Leaving Certificate Examination (including Day School Certificate (Higher) General paper), 1933
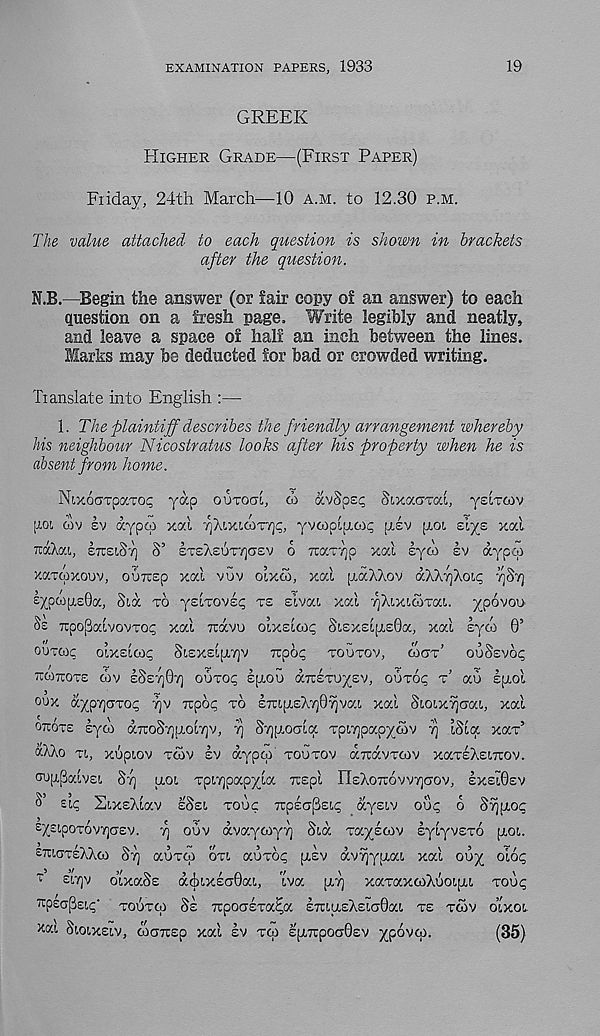
EXAMINATION PAPERS, 1933
19
GREEK
HIGHER GRADE—(FIRST PAPER)
Fiiday, 24th March—10 A.M. to 12.30 P.M.
The value attached to each question is shown in brackets
after the question.
N.B.—Begin the answer (or fair copy of an answer) to each
question on a fresh page. Write legibly and neatly,
and leave a space of half an inch between the lines.
Marks may be deducted for bad or crowded writing.
Translate into English :—
1. The plaintiff describes the friendly arrangement whereby
his neighbour Nicostratus looks after his property when he is
absent from home.
NtxoGTpaTO^ yap OUTOCTI, O) avSpe<; Sixacnxa, ysiTtov
[ 10!, <v>v sv dypcp xal ■r\hiyjff'zriq, yvcopipicd^ asv [AOL z\yz xal
TtaXai, ETCSIS'/] S’ eTSA£UTy)a£v 6 Tcar/jp xai lyco Iv dypco
XKTOJXOUV, ou7t£p xal vuv oixoo, xal frdAAov o'TX'ffoiq ySrj
£^pw[XE0a, Sid TO yzirovsq TE slvai xal ^XixicoTai. ^povoo
Ss icpopaivovTO^ xal TOCVU OIXEIOIC SiEx£i[XE0a, xal syoo 0’
OUTCOC
oixslcoc; Si£XEipi7]v Tcpo;; TOUTOV, COGT’ OOSEVCX;
TCOIXOTE (i)V sSETjOv) OUTO<; £[XOU (XTTETU^EV, OUTO^ T’ aO Efxol
oux dyprjaTO^ rjv ~poc TO £Tn[X£X7)0^vai xal SioixTjoai, xal
OXOTE syd) dTCoS‘/]|XOT/jv, 7] STjp.otjloc TpiTjpap^cov 7j iSlCf xax’
dXXo TI, xupiov TWV EV dypco' TOUTOV aTtavTcov xaTEXswrov.
CIU[I,[3KIV£I SY; (jioi TpiYjpapyla TEE pi IleXoTrovvTjcJOV, £XEI0EV
EI? SixsAiav ESEI TOUC Tipeopsi? dysiv ou? 6 S^pio?
E^EipoTOVYjasv. ’/] ouv dvayoiyT) Sid Taysoov sylyvETO fxoi.
EXIOTEXXOI ST] auTto OTI auTO? pisv dvyjypiai xal ou^ oio?
i £i7)v oixaSs d(j)ixECT0ai, iva piY] xaTaxoiXuoipu TOU<?
irpEopeit; - TOUTCO SE TcpooETa^a EXiaEXsiaOai TE TCOV O’IXOI.
>^ai SIOIXEIV, wanEp xal EV TOI Epntpoa0£v ^povco.
(35)